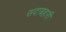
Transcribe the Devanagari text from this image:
सदाबहारी